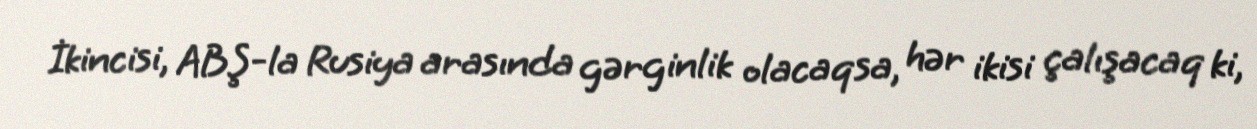
İkincisi, ABŞ-la Rusiya arasında gərginlik olacaqsa, hər ikisi çalışacaq ki,